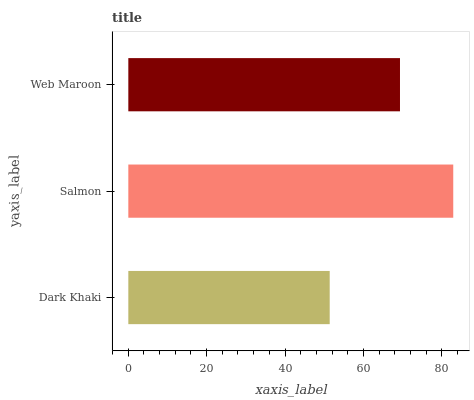
| yaxis_label | bars |
 | --- | --- |
 | Dark Khaki | 51.4 |
 | Salmon | 83 |
 | Web Maroon | 69.4 |